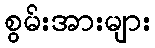
စွမ်းအားများ